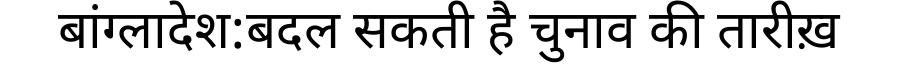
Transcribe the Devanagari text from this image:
बांग्लादेश:बदल सकती है चुनाव की तारीख़